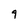
Character: 9